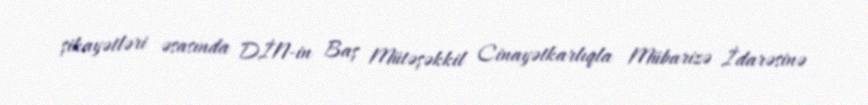
şikayətləri əsasında DİN-in Baş Mütəşəkkil Cinayətkarlıqla Mübarizə İdarəsinə